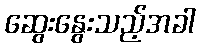
ဆွေးနွေးသည့်အခါ